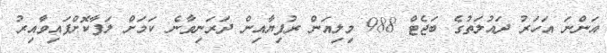
އަންނަ އަހަރު ދައުލަތުގެ ބަޖެޓް 988 މިލިއަން ރުފިޔާއިން ދަރަނިވާނެ ކަމަށް ލަފާކޮށްފައިވާއިރު